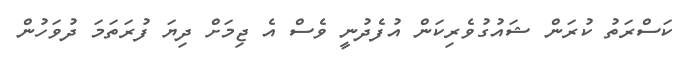
ކަސްރަތު ކުރަން ޝައުގުވެރިކަން އުފެދުނީ ވެސް އެ ޖިމަށް ދިޔަ ފުރަތަމަ ދުވަހުން